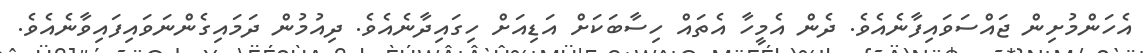
އެހަންމުށިން ޖައްސަވައިފާނެއެވެ. ދެން އެމީހާ އެތައް ހިސާބަކަށް އަޑިއަށް ހިގައިދާނެއެވެ. ދިއުމުން ދަމައިގެންނަވައިފައިވާނެއެވެ.